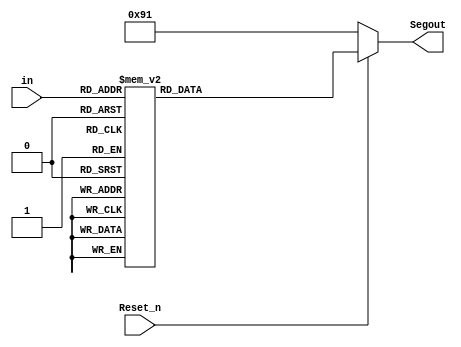
module Dec_7Seg (
           in,              // I 4 bit : BCD input
           Reset_n,         // I 1 bit : reset in negative
           Segout              // O 8 bit : decimal output
       );

//Declare inputs,outputs and internal variables.
input [3:0] in;
input Reset_n;
output [7:0] Segout;
reg [7:0]Segout;

//always block for converting bcd digit into decimal
always @(*)
begin
    if (Reset_n==0)                     //higest priority
    begin
        Segout=8'b1001_0001;
    end
    else
    begin                               //lowest priority
        case (in)                       //case statement
            4'd0:
                Segout=8'b0000_0011;
            4'd1:
                Segout=8'b1001_1111;
            4'd2:
                Segout=8'b0010_0101;
            4'd3:
                Segout=8'b0000_1101;
            4'd4:
                Segout=8'b1001_1001;
            4'd5:
                Segout=8'b0100_1001;
            4'd6:
                Segout=8'b0100_0001;
            4'd7:
                Segout=8'b0001_1111;
            4'd8:
                Segout=8'b0000_0001;
            4'd9:
                Segout=8'b0000_1001;
            4'd10:
                Segout=8'b0001_0001;
            4'd11:
                Segout=8'b1100_0001;
            4'd12:
                Segout=8'b1110_0101;
            4'd13:
                Segout=8'b1000_0101;
            4'd14:
                Segout=8'b0110_0001;
            4'd15:
                Segout=8'b0111_0001;

        endcase
    end
end

endmodule